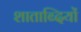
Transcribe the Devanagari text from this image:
शाताब्दियों